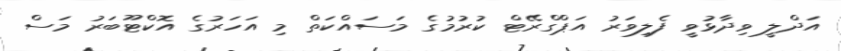
އަދްލީ ވިދާޅުވީ ފެލިވަރު އަޕްގްރޭޓް ކުރުމުގެ މަސައްކަތް މި އަހަރުގެ އޮކްޓޫބަރު މަސް